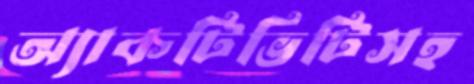
অ্যাকটিভিটিসহ